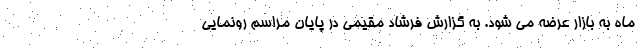
ماه به بازار عرضه می شود. به گزارش فرشاد مقیمی در پایان مراسم رونمایی